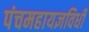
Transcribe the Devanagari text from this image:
पंचमहायज्ञविधी